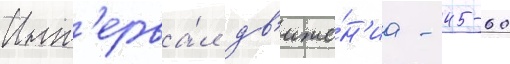
Инт'ерва́л дв'иже́н'иа - 45-60